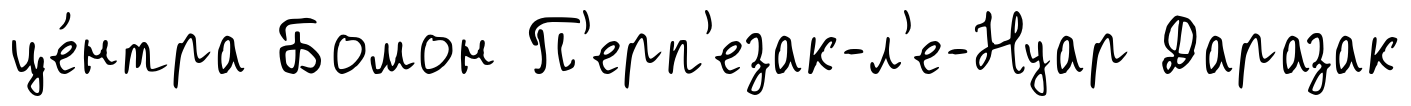
це́нтра Бомон П'ерп'езак-л'е-Нуар Даразак